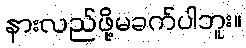
နားလည်ဖို့မခက်ပါဘူး။